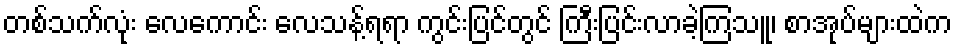
တစ်သက်လုံး လေကောင်း လေသန့်ရရာ ကွင်းပြင်တွင် ကြီးပြင်းလာခဲ့ကြသူ၊ စာအုပ်များထဲက